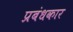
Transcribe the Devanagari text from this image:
प्रबंधकार